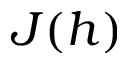
J ( h )